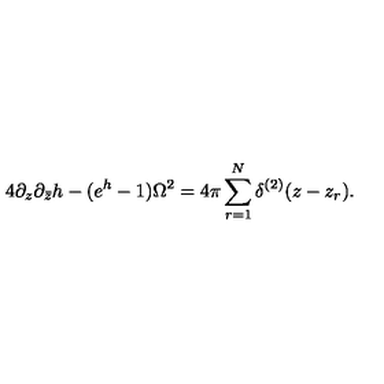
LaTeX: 4 \partial _ { z } \partial _ { \bar { z } } h - ( e ^ { h } - 1 ) \Omega ^ { 2 } = 4 \pi \sum _ { r = 1 } ^ { N } \delta ^ { ( 2 ) } ( z - z _ { r } ) .